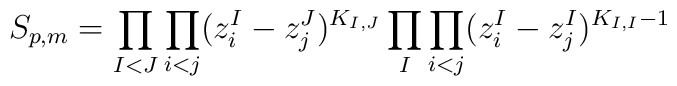
S_{p,m}=\prod_{I<J} \prod_{i<j}(z^I_i-z^J_j)^{K_{I,J}}\prod_I\prod_{i<j}(z^I_i-z^I_j)^{K_{I,I}-1}